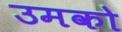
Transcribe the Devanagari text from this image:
उमको